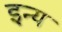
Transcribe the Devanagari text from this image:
इन्य